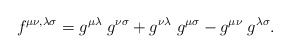
\begin{align*}f^{\mu\nu,\lambda\sigma}=g^{\mu\lambda}\; g^{\nu\sigma} + g^{\nu\lambda}\; g^{\mu\sigma} - g^{\mu\nu}\; g^{\lambda\sigma}.\end{align*}